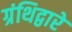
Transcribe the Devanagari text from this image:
ग्रंथिद्वारे